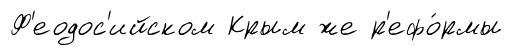
Ф'еодос'ийском Крым же р'ефо́рмы